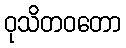
ဝုသိတဝတော